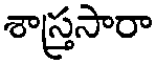
శాస్త్రసారా